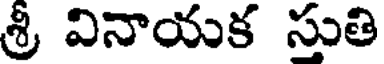
శ్రీ వినాయక సుతి